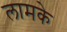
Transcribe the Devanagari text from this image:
लामके